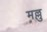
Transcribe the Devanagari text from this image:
मल्लु